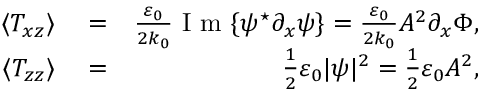
\begin{array} { r l r } { \langle T _ { x z } \rangle } & { { } = } & { \frac { \varepsilon _ { 0 } } { 2 k _ { 0 } } \mathrm { ~ I ~ m ~ } \{ \psi ^ { \star } \partial _ { x } \psi \} = \frac { \varepsilon _ { 0 } } { 2 k _ { 0 } } A ^ { 2 } \partial _ { x } \Phi , } \\ { \langle T _ { z z } \rangle } & { { } = } & { \frac { 1 } { 2 } \varepsilon _ { 0 } | \psi | ^ { 2 } = \frac { 1 } { 2 } \varepsilon _ { 0 } A ^ { 2 } , } \end{array}